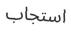
استجاب